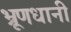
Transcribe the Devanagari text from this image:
भ्रूणधानी